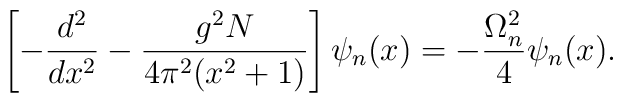
\left[-\frac{d^2}{dx^2}-\frac{g^2N}{4\pi^2(x^2+1)}\right]\psi_n(x)=-\frac{\Omega_n^2}{4}\psi_n(x).